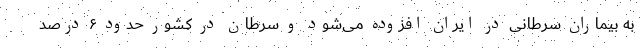
به بیماران سرطانی در ایران افزوده می‌شود و سرطان در کشور حدود ۶ درصد